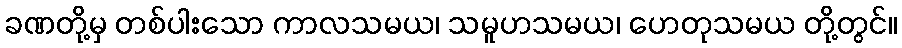
ခဏတို့မှ တစ်ပါးသော ကာလသမယ၊ သမူဟသမယ၊ ဟေတုသမယ တို့တွင်။